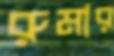
রুমার